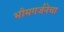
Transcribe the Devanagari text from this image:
भीमगर्जनेचा